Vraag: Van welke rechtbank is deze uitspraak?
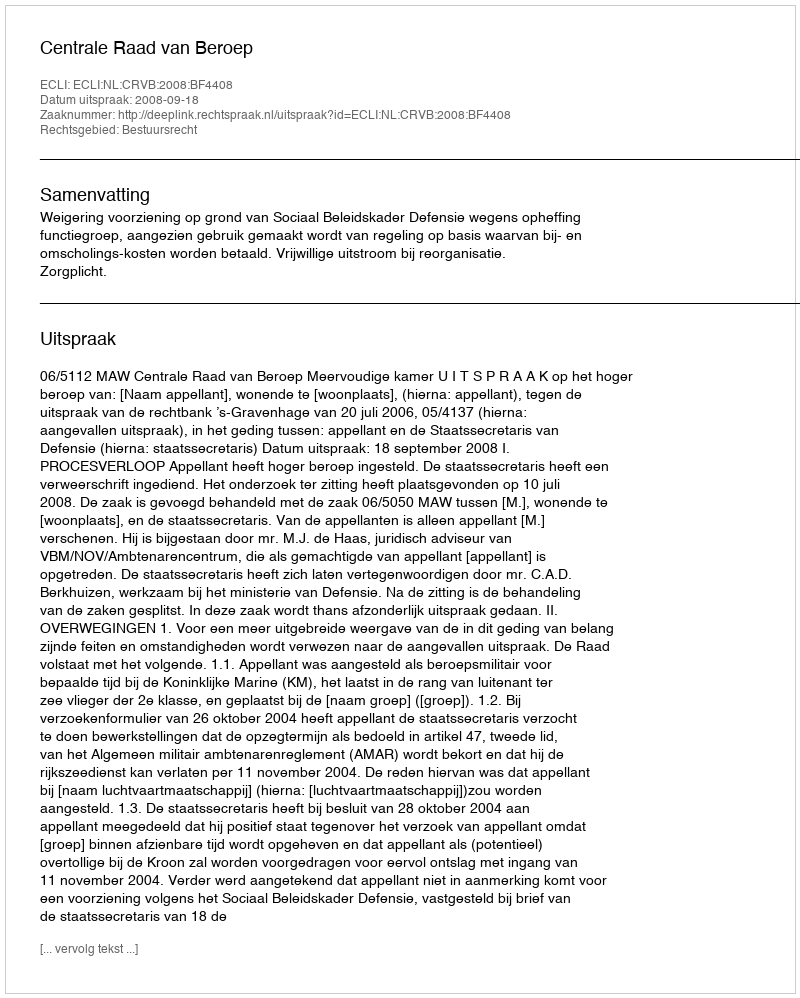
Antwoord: Centrale Raad van Beroep